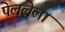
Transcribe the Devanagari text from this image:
पेललेला